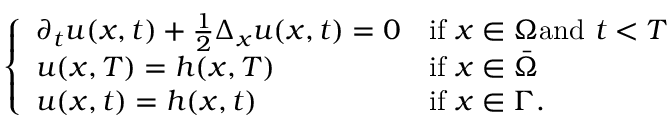
\left\{ \begin{array} { l l } { \partial _ { t } u ( x , t ) + { \frac { 1 } { 2 } } \Delta _ { x } u ( x , t ) = 0 } & { { \mathrm { i f ~ } } x \in \Omega { \mathrm { a n d ~ } } t < T } \\ { u ( x , T ) = h ( x , T ) } & { { \mathrm { i f ~ } } x \in { \bar { \Omega } } } \\ { u ( x , t ) = h ( x , t ) } & { { \mathrm { i f ~ } } x \in \Gamma . } \end{array} \right.